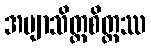
အဗျာသိတ္တစိတ္တဿ